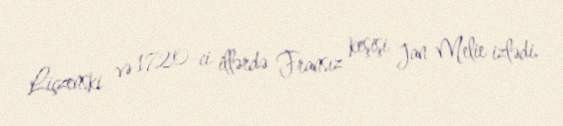
Liçzenski və 1720-ci illərdə Fransız keşişi Jan Melie izlədi.